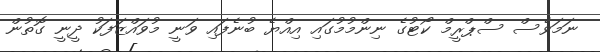
ނަމަވެސް ސްޕްރީމް ކޯޓުގެ ނިންމުމުގައި އިއްޔެ ބުނެފައި ވަނީ މުވައްޒަފަކު ދީނީ ގޮތުން